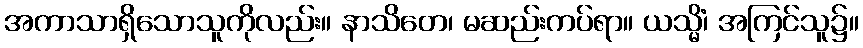
အကာသာရှိသောသူကိုလည်း။ နာသိတေ၊ မဆည်းကပ်ရာ။ ယသ္မိံ၊ အကြင်သူ၌။